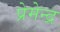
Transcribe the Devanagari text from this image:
प्रेमेन्द्र